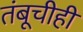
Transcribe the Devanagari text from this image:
तंबूचीही